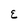
Character: E